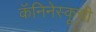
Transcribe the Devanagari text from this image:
कॅनिनेस्कूची